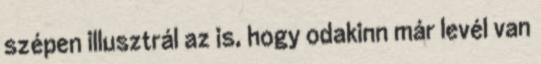
szépen illusztrál az is, hogy odakinn már levél van